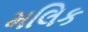
મલિક